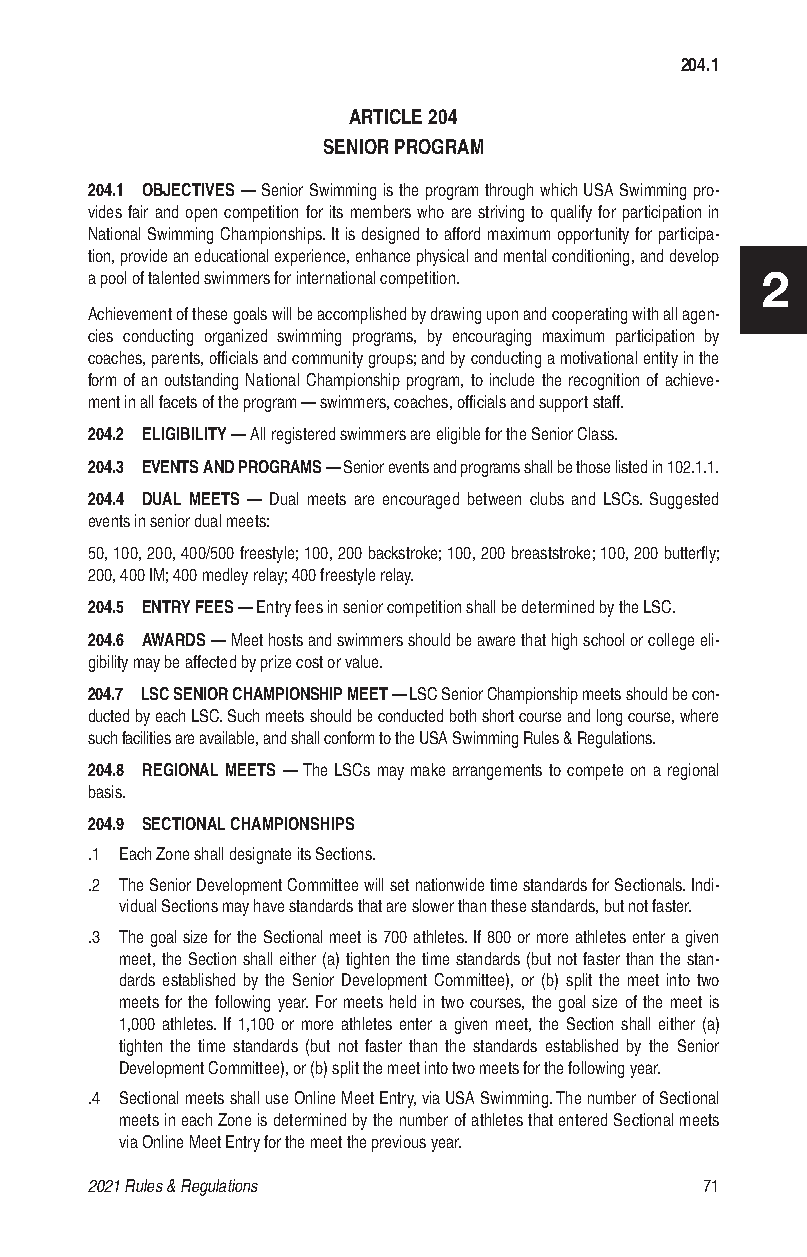
204.1
 ARTICLE 204
 SENIOR PROGRAM
 204.1 OBJECTIVES — Senior Swimming is the program through which USA Swimming pro-
 vides fair and open competition for its members who are striving to qualify for participation in
 National Swimming Championships. It is designed to afford maximum opportunity for participa-
 tion, provide an educational experience, enhance physical and mental conditioning, and develop
 a pool of talented swimmers for international competition. 2
 Achievement of these goals will be accomplished by drawing upon and cooperating with all agen-
 cies conducting organized swimming programs, by encouraging maximum participation by
 coaches, parents, officials and community groups; and by conducting a motivational entity in the
 form of an outstanding National Championship program, to include the recognition of achieve-
 ment in all facets of the program — swimmers, coaches, officials and support staff.
 204.2 ELIGIBILITY — All registered swimmers are eligible for the Senior Class.
 204.3 EVENTS AND PROGRAMS — Senior events and programs shall be those listed in 102.1.1.
 204.4 DUAL MEETS — Dual meets are encouraged between clubs and LSCs. Suggested
 events in senior dual meets:
 50, 100, 200, 400/500 freestyle; 100, 200 backstroke; 100, 200 breaststroke; 100, 200 butterfly;
 200, 400 IM; 400 medley relay; 400 freestyle relay.
 204.5 ENTRY FEES — Entry fees in senior competition shall be determined by the LSC.
 204.6 AWARDS — Meet hosts and swimmers should be aware that high school or college eli-
 gibility may be affected by prize cost or value.
 204.7 LSC SENIOR CHAMPIONSHIP MEET — LSC Senior Championship meets should be con-
 ducted by each LSC. Such meets should be conducted both short course and long course, where
 such facilities are available, and shall conform to the USA Swimming Rules & Regulations.
 204.8 REGIONAL MEETS — The LSCs may make arrangements to compete on a regional
 basis.
 204.9 SECTIONAL CHAMPIONSHIPS
 .1 Each Zone shall designate its Sections.
 .2 The Senior Development Committee will set nationwide time standards for Sectionals. Indi-
 vidual Sections may have standards that are slower than these standards, but not faster.
 .3 The goal size for the Sectional meet is 700 athletes. If 800 or more athletes enter a given
 meet, the Section shall either (a) tighten the time standards (but not faster than the stan-
 dards established by the Senior Development Committee), or (b) split the meet into two
 meets for the following year. For meets held in two courses, the goal size of the meet is
 1,000 athletes. If 1,100 or more athletes enter a given meet, the Section shall either (a)
 tighten the time standards (but not faster than the standards established by the Senior
 Development Committee), or (b) split the meet into two meets for the following year.
 .4 Sectional meets shall use Online Meet Entry, via USA Swimming. The number of Sectional
 meets in each Zone is determined by the number of athletes that entered Sectional meets
 via Online Meet Entry for the meet the previous year.
 2021 Rules & Regulations                 71